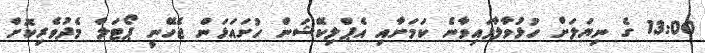
13:00 ގެ ނިޔަަލަށް ހުޅުވާލާފައިވާނެ ކަމަށާއި އެޕްލިކޭޝަން ހުށައަޅަން ޖެހޭނީ ޕޯޓަލް މެދުވެރިކޮށް